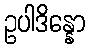
ဥပါဒိန္နော